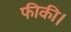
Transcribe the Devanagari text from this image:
फीकी।